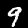
Digit: 9